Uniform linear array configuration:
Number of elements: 16
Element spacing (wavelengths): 0.25
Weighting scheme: cosine
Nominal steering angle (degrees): -30
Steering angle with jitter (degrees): -29.694
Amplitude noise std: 0.05
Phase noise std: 0.05

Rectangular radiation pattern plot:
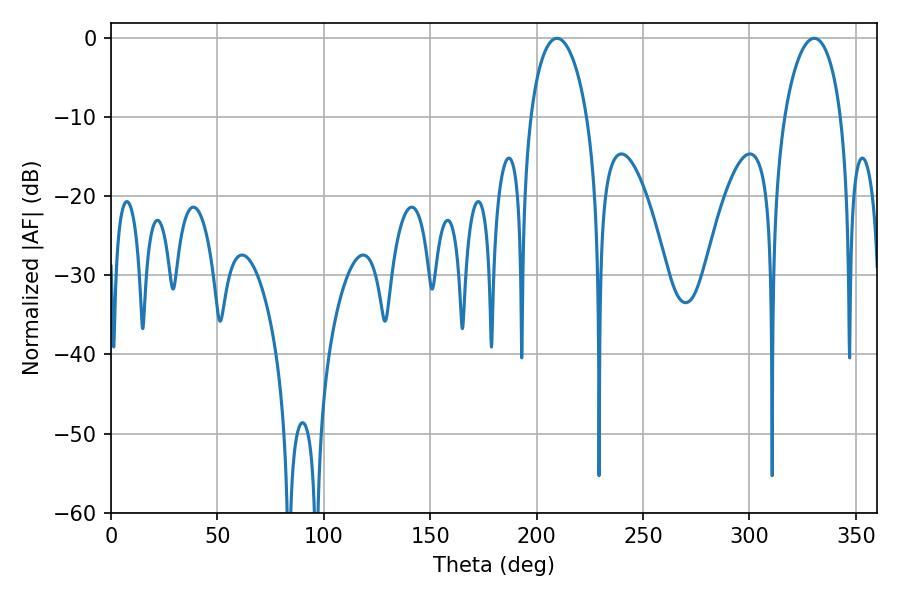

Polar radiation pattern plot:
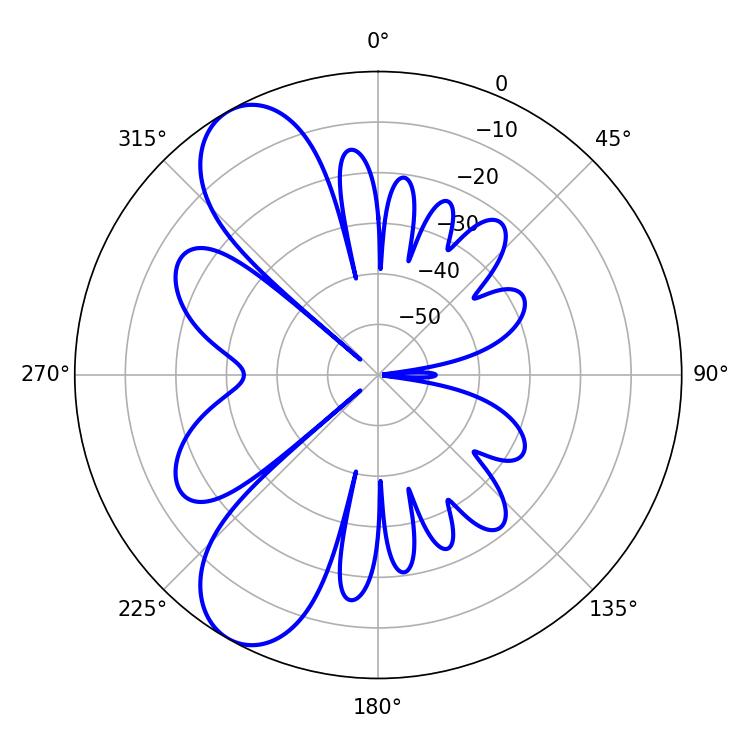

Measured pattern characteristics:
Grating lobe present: FALSE
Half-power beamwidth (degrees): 15.12
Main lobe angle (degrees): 209.52